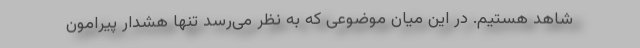
شاهد هستیم. در این میان موضوعی که به نظر می‌رسد تنها هشدار پیرامون